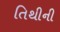
તિથીની